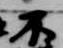
不